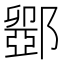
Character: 𮠋